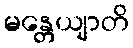
မန္တေယျာတိ